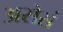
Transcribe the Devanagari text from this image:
असेसं